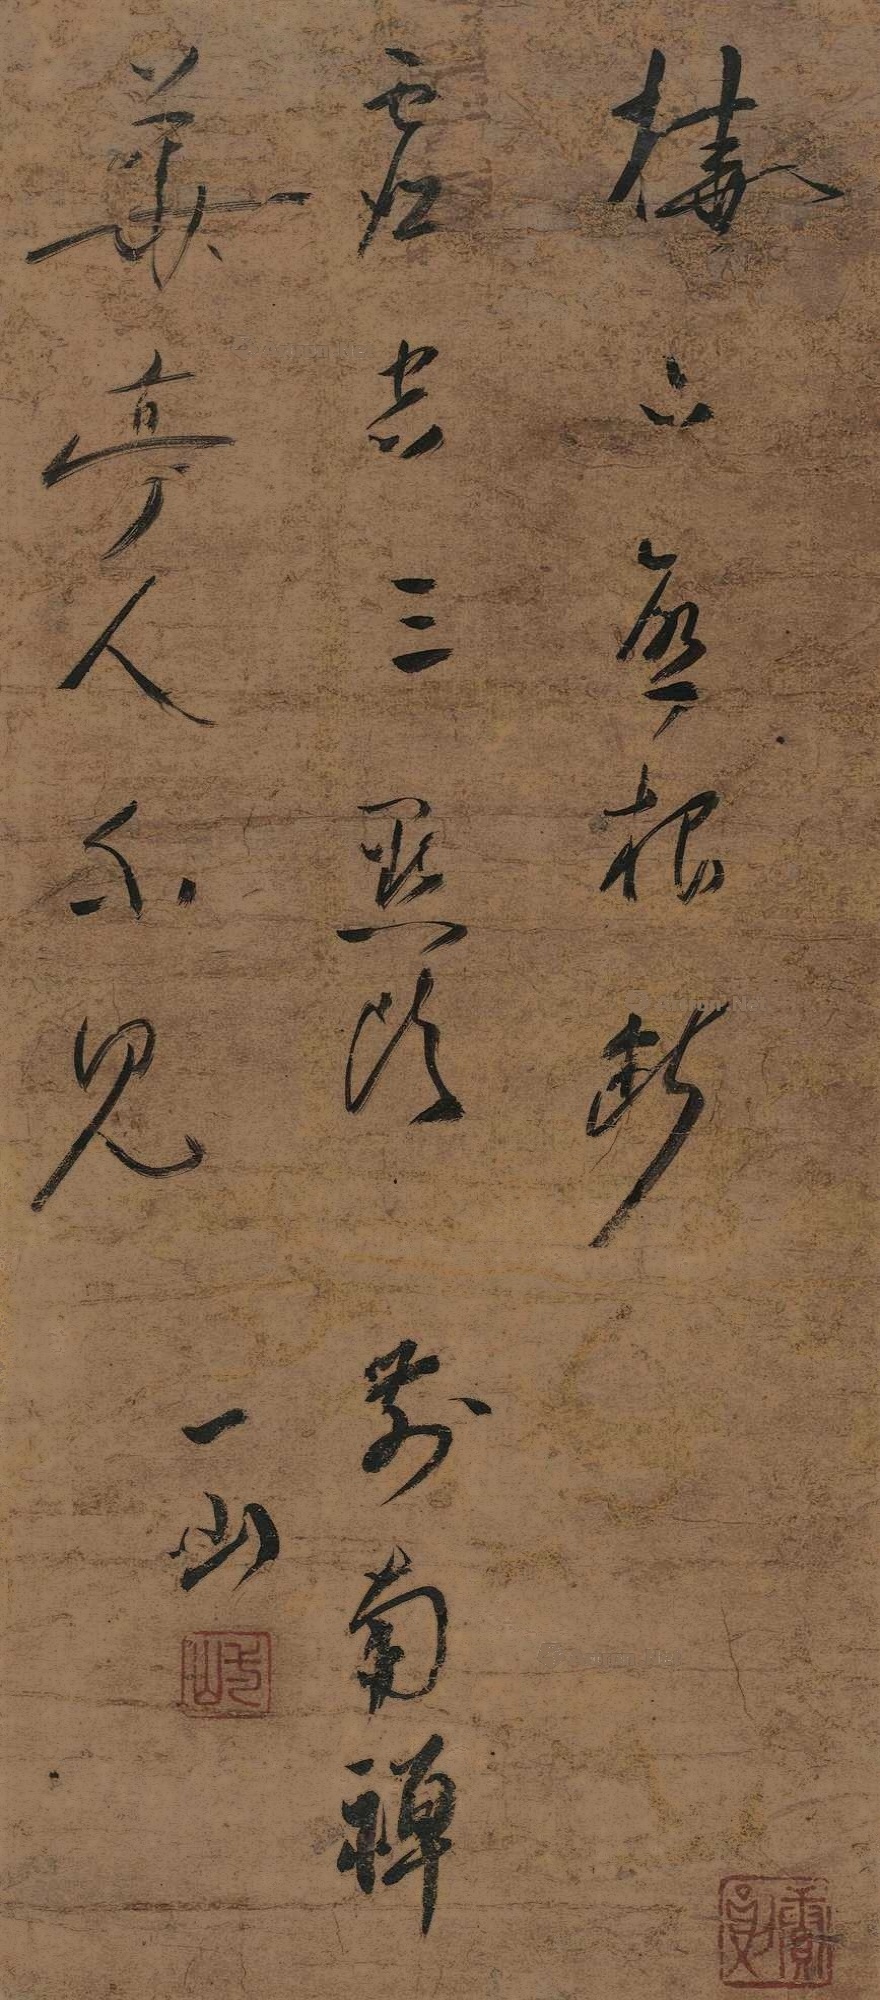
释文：栖下愈根断，□□虚空三。点头前南禅，华亭人不见。一山。